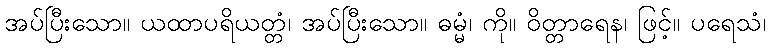
အပ်ပြီးသော။ ယထာပရိယတ္တံ၊ အပ်ပြီးသော။ ဓမ္မံ၊ ကို။ ဝိတ္တာရေန၊ ဖြင့်။ ပရေသံ၊